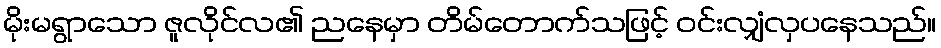
မိုးမရွာသော ဇူလိုင်လ၏ ညနေမှာ တိမ်တောက်သဖြင့် ဝင်းလျှံလှပနေသည်။